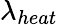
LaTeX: \lambda_{heat}